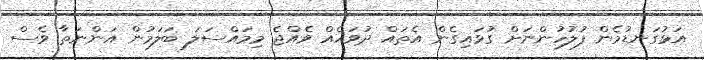
އަޅުގަނޑުމެން ފުލުހުންނަށް ގުޅައިގެން އެތައް ދުވަހެއް ވެއްޖެ މިމައްސަލަ ބަލަމުން އަންނަތާ ވެސް